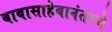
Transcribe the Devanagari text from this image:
बाबासाहेबानंतरचे